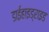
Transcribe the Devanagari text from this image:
डाईहाइड्राइड